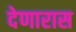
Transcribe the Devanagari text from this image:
देणारास